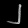
Digit: ၂